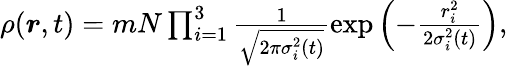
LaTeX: \begin{array}{r}{\rho(\boldsymbol{r},t)=mN\prod_{i=1}^{3}\frac{1}{\sqrt{2\pi\sigma_{i}^{2}(t)}}\exp\left(-\frac{r_{i}^{2}}{2\sigma_{i}^{2}(t)}\right),}\end{array}